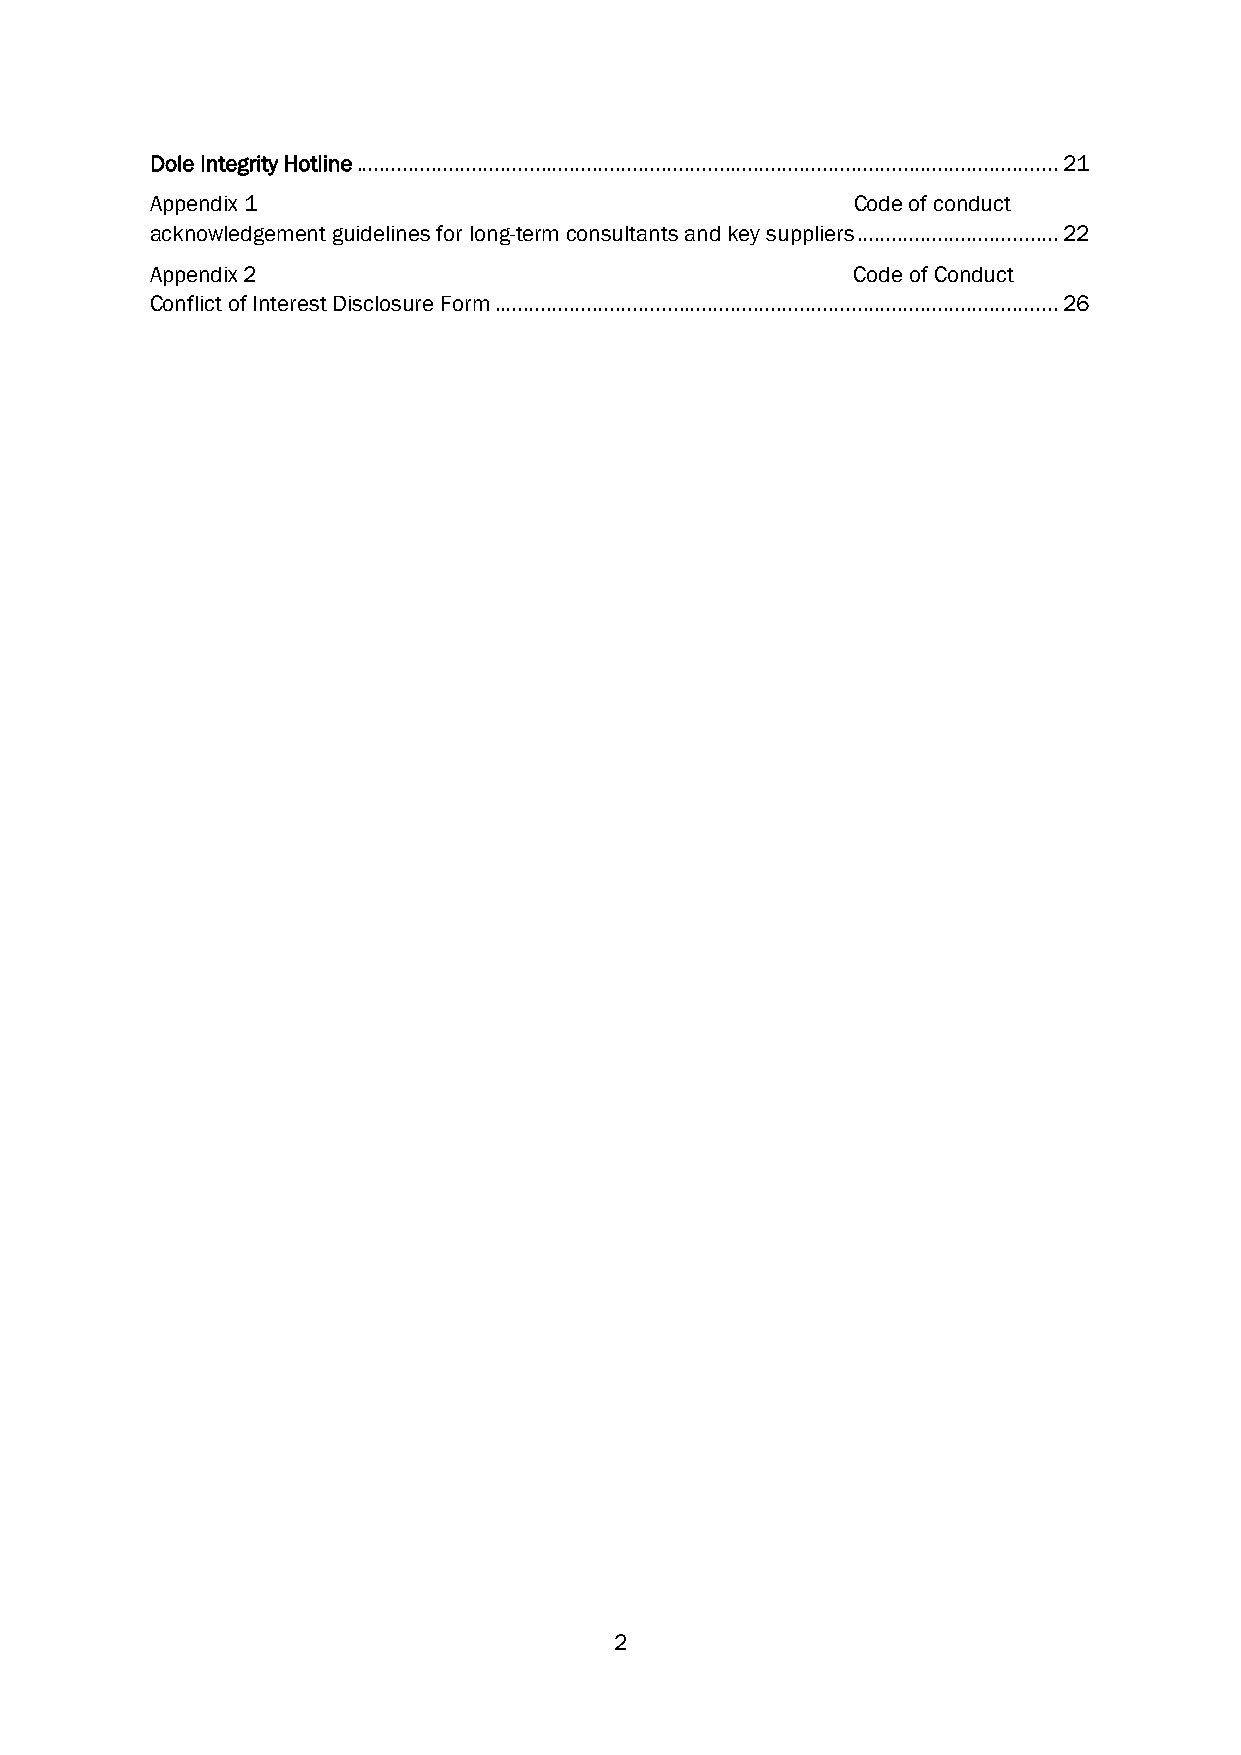
Dole Integrity Hotline .......................................................................................................................... 21
 Appendix 1                                     Code of conduct
 acknowledgement guidelines for long-term consultants and key suppliers ................................... 22
 Appendix 2                                     Code of Conduct
 Conflict of Interest Disclosure Form .................................................................................................. 26
 2